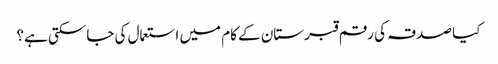
کیا صدقہ کی رقم قبرستان کے کام میں استعمال کی جاسکتی ہے؟